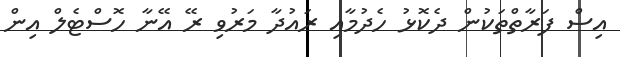
އިސް ފަރާތްތަކުން ދެކޮޅު ހެދުމާއި ރައުދާ މަރުވި ރޭ އޭނާ ހޮސްޓެލް އިން